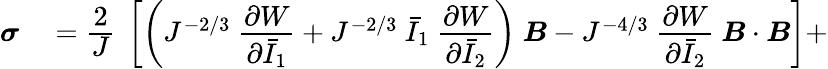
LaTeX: \begin{array}{rl}{{\boldsymbol{\sigma}}}&{{}={\cfrac{2}{J}}~\left[\left(J^{-2/3}~{\cfrac{\partial W}{\partial{\bar{I}}_{1}}}+J^{-2/3}~{\bar{I}}_{1}~{\cfrac{\partial W}{\partial{\bar{I}}_{2}}}\right)~{\boldsymbol{B}}-J^{-4/3}~{\cfrac{\partial W}{\partial{\bar{I}}_{2}}}~{\boldsymbol{B}}\cdot{\boldsymbol{B}}\right]+}\end{array}